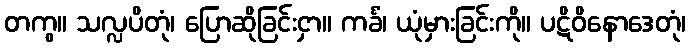
တကွ။ သလ္လပိတုံ၊ ပြောဆိုခြင်းငှာ။ ကင်္ခံ၊ ယုံမှားခြင်းကို။ ပဋိဝိနောဒေတုံ၊